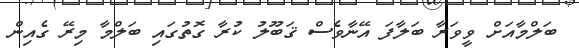
ބަލްމާއަށް ވީވަރާ ބަލާފަ އޭނާވެސް ޤަބޫލު ކުރާ ގޮތުގައި ބަލްމާ މިރޭ ގެއިން